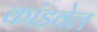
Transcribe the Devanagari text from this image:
कांडवेल